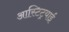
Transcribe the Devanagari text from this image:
आस्टिट्रयाई